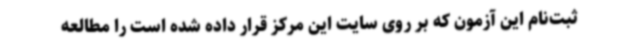
ثبت‌نام این آزمون که بر روی سایت این مرکز قرار داده شده است را مطالعه